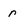
Character: r